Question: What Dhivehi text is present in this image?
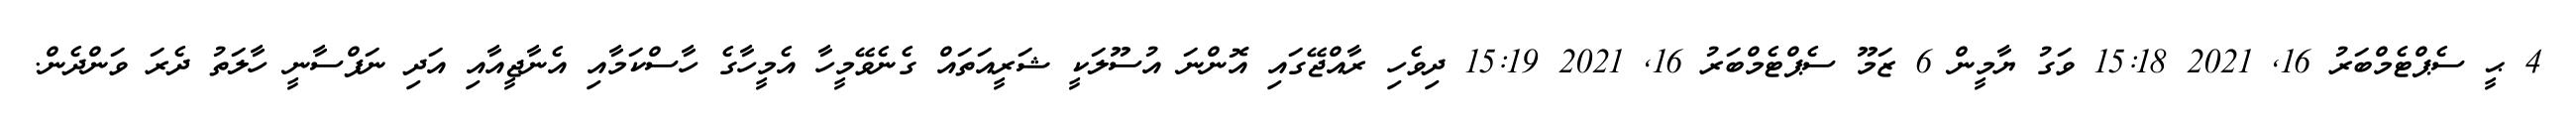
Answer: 4 ޙީ ސެޕްޓެމްބަރު 16, 2021 15:18 ވަގު ޔާމީން 6 ޒަމޫ ސެޕްޓެމްބަރު 16, 2021 15:19 ދިވެހި ރާއްޖޭގައި އޮންނަ އުސޫލަކީ ޝަރީއަތައް ގެނެވޭމީހާ އެމީހާގެ ހާސްކަމާއި އެނާޖީއާއި އަދި ނަފްސާނީ ހާލަތު ދެރަ ވަންދެން.